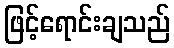
ဖြင့်ရောင်းချသည်